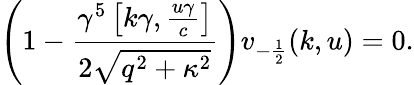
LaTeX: \left(1-\frac{\gamma^{5}\left[k\gamma,\frac{u\gamma}{c}\right]}{2\sqrt{q^{2}+\kappa^{2}}}\right)v_{-\frac{1}{2}}(k,u)=0.